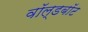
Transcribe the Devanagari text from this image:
वॉल्डबॉट